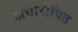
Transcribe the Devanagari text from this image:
अद्यारोपित